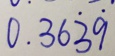
0 . 3 6 \dot { 3 } \dot { 9 }